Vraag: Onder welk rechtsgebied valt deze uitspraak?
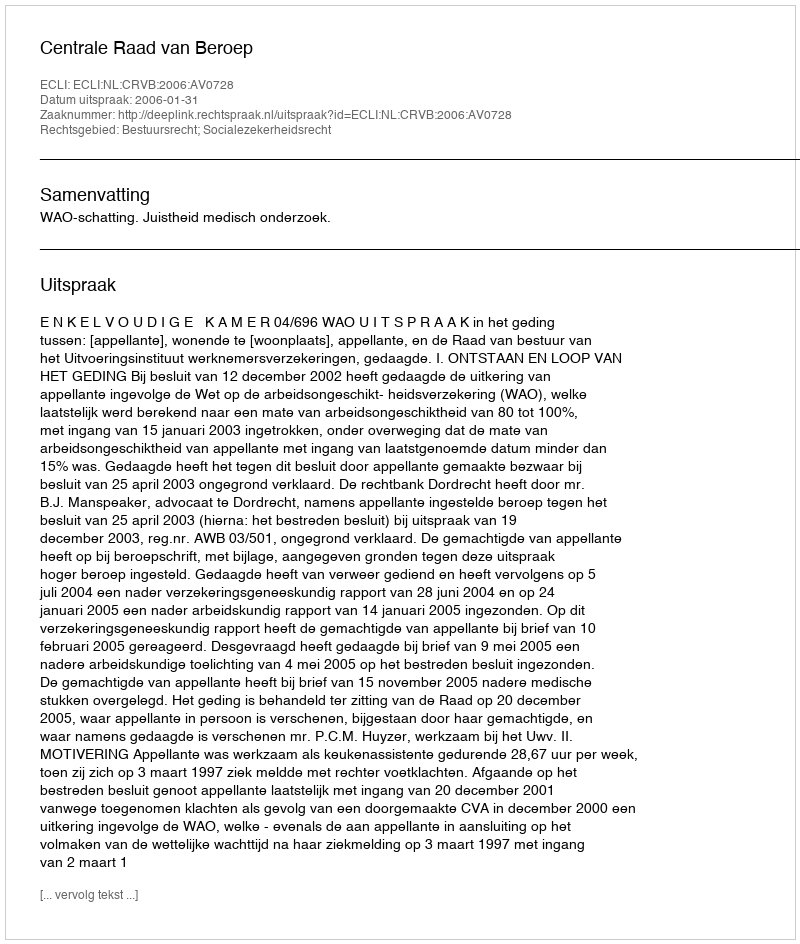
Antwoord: Bestuursrecht; Socialezekerheidsrecht